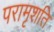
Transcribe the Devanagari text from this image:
परामृशति